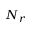
N _ { r }